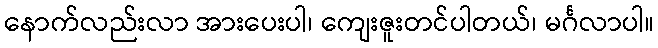
နောက်လည်းလာ အားပေးပါ၊ ကျေးဇူးတင်ပါတယ်၊ မင်္ဂလာပါ။